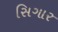
સિગાર